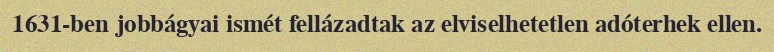
1631-ben jobbágyai ismét fellázadtak az elviselhetetlen adóterhek ellen.